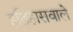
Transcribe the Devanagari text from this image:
इतिहासवाले